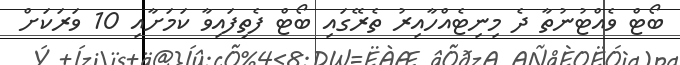
ބޯޓް ވެއްޓުނުތާ ދެ މިނިޓެއްހާއިރު ތެރޭގައި ބޯޓް ފެތިފައިވާ ކަމަށާއި 10 ވަރަކަށް